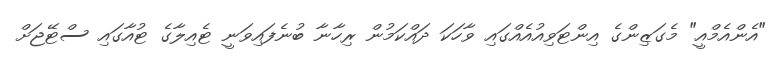
"އެންއެމްއީ" މެގަޒިންގެ އިންޓަވިއުއެއްގައި ވާހަކަ ދައްކަމުން ރިހާނާ ބުނެފައިވަނީ ޓެއިލާގެ ޓުއާގައި ސްޓޭޖަށް